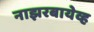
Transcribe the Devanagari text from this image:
नाझरबायेव्ह